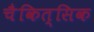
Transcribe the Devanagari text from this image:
चैकित्सिक